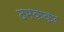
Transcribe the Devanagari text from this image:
दमककर